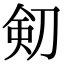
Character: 𠝏